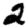
Digit: 2